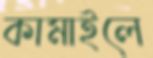
কামাইলে